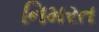
નિમરત